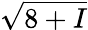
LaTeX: \sqrt{8+I}